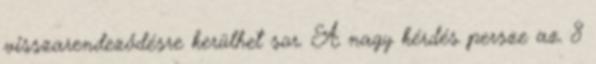
visszarendeződésre kerülhet sor. A nagy kérdés persze az. 8